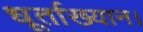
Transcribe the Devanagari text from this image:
धूर्ताख्यान।